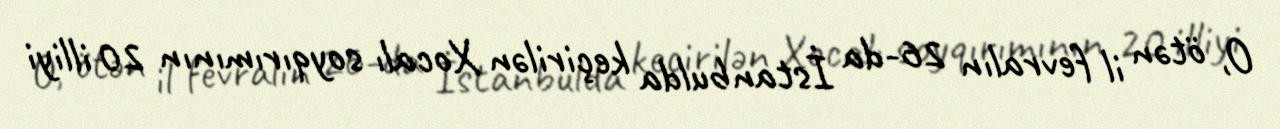
O, ötən il fevralın 26-da İstanbulda keçirilən Xocalı soyqırımının 20 illiyi